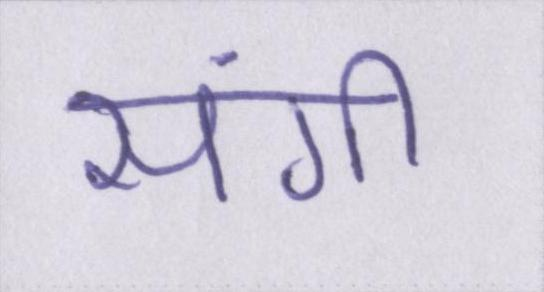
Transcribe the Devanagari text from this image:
संगी